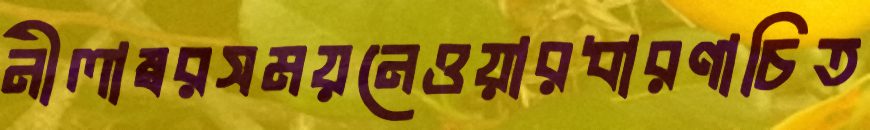
নীলাম্বরসময়নেওয়ারধারণাচিত